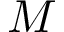
M